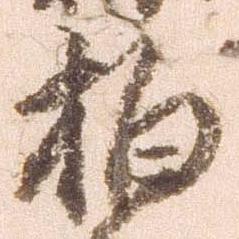
柏